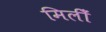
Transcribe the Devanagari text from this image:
मिलीँ